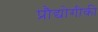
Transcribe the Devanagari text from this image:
प्रौद्योगीकी